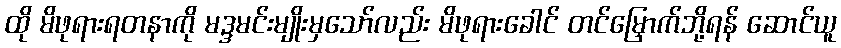
ထို မိဖုရားရတနာကို မဒ္ဒမင်းမျိုးမှသော်လည်း မိဖုရားခေါင် တင်မြှောက်ဘို့ရန် ဆောင်ယူ